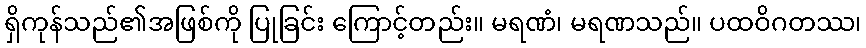
ရှိကုန်သည်၏အဖြစ်ကို ပြုခြင်း ကြောင့်တည်း။ မရဏံ၊ မရဏသည်။ ပထဝိဂတဿ၊